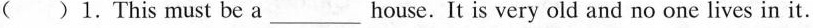
( ) 1.This must be a ___house. It is very old and no one lives in it.